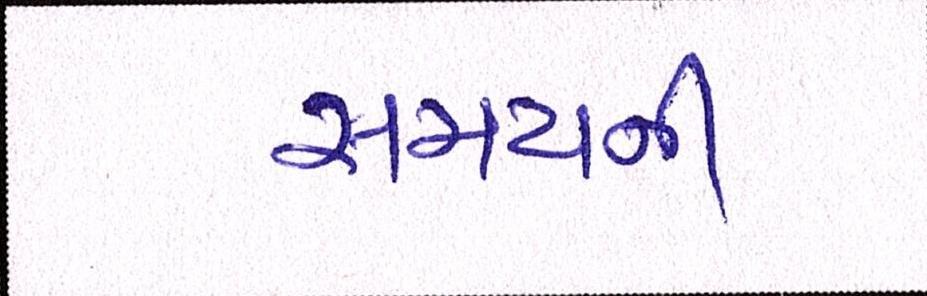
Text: સમયની